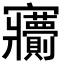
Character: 𡬙